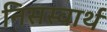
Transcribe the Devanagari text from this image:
निसस्वार्थ